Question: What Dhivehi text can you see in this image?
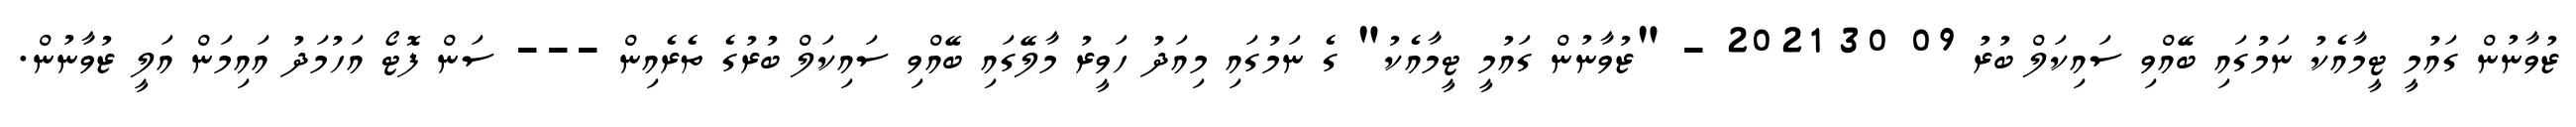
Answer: ޒުވާނުން ގައުމީ ޓީމާއެކު ނަމުގައި ބޭއްވި ސައިކަލް ބުރު 09 30 2021 - "ޒުވާނުން ގައުމީ ޓީމާއެކު" ގެ ނަމުގައި މިއަދު ހަވީރު މާލޭގައި ބޭއްވި ސައިކަލް ބުރުގެ ތެރެއިން --- ސަން ފޮޓޯ އަހުމަދު އައިމަން އަލީ ޒުވާނުން.